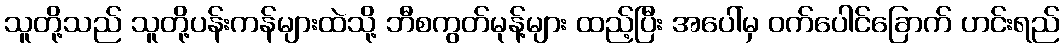
သူတို့သည် သူတို့ပန်းကန်များထဲသို့ ဘီစကွတ်မုန့်များ ထည့်ပြီး အပေါ်မှ ဝက်ပေါင်ခြောက် ဟင်းရည်